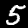
Digit: 5